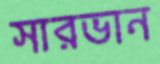
সারভান